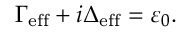
\Gamma _ { \mathrm { e f f } } + i \Delta _ { \mathrm { e f f } } = \varepsilon _ { 0 } .